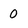
Character: 0